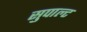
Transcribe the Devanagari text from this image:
सुपाल्ट